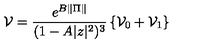
\mathcal { V } = \frac { e ^ { B \| \Pi \| } } { ( 1 - A | z | ^ { 2 } ) ^ { 3 } } \left\{ \mathcal { V } _ { 0 } + \mathcal { V } _ { 1 } \right\}